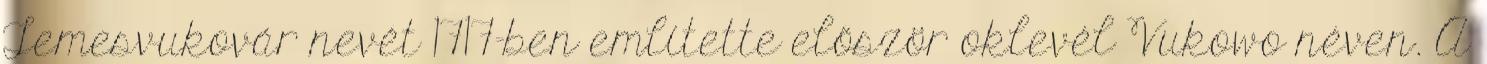
Temesvukovár nevét 1717-ben említette először oklevél Vukowo néven. A